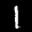
Label: 1